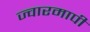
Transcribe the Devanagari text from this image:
ज्वारमापी